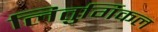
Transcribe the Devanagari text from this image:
लितुर्गिकल